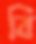
বি